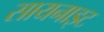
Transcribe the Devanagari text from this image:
सायनाइट